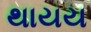
થાયય